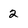
Character: 2